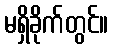
မရှိခိုက်တွင်။